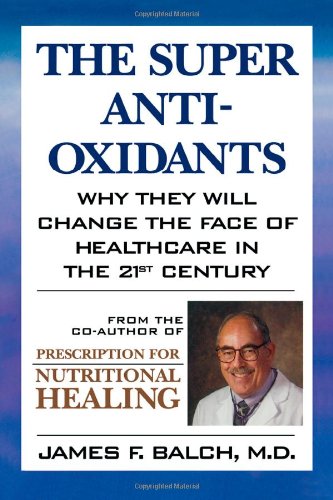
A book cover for The Super Anti-Oxidants: Why They Will Change the Face of Healthcare in the 21st Century; James F. Balch M.D.; Health, Fitness & Dieting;